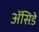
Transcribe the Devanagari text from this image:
ॲसिडे